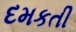
દમકતી